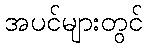
အပင်များတွင်